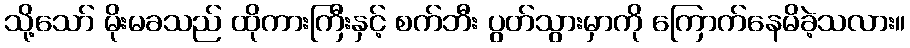
သို့သော် မိုးမခသည် ထိုကားကြီးနှင့် စက်ဘီး ပွတ်သွားမှာကို ကြောက်နေမိခဲ့သလား။